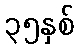
၃၅နှစ်